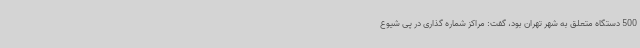
500 دستگاه متعلق به شهر تهران بود، گفت: مراکز شماره گذاری در پی شیوع